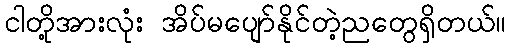
ငါတို့အားလုံး အိပ်မပျော်နိုင်တဲ့ညတွေရှိတယ်။